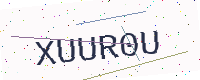
Text: XUUR0U